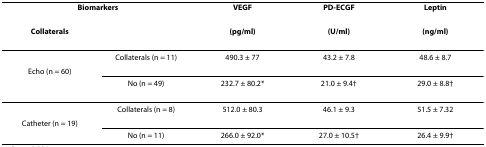
<table><thead><tr><td colspan="2"><b>Biomarkers</b></td><td><b>VEGF </b></td><td><b>PD-ECGF </b></td><td><b>Leptin </b></td></tr><tr><td><b>Collaterals</b></td><td></td><td><b>(pg/ml)</b></td><td><b>(U/ml)</b></td><td><b>(ng/ml)</b></td></tr></thead><tbody><tr><td></td><td>Collaterals (n = 11)</td><td>490.3 ± 77</td><td>43.2 ± 7.8</td><td>48.6 ± 8.7</td></tr><tr><td>Echo (n = 60)</td><td colspan="4"></td></tr><tr><td></td><td>No (n = 49)</td><td>232.7 ± 80.2*</td><td>21.0 ± 9.4†</td><td>29.0 ± 8.8†</td></tr><tr><td></td><td>Collaterals (n = 8)</td><td>512.0 ± 80.3</td><td>46.1 ± 9.3</td><td>51.5 ± 7.32</td></tr><tr><td>Catheter (n = 19)</td><td colspan="4"></td></tr><tr><td></td><td>No (n = 11)</td><td>266.0 ± 92.0*</td><td>27.0 ± 10.5†</td><td>26.4 ± 9.9†</td></tr></tbody></table>